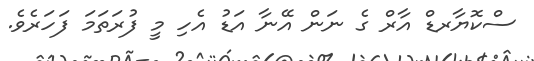
ސްކޮޔާރޑް އާރް ގެ ނަން އޭނާ އަޑު އެހި މީ ފުރަތަމަ ފަހަރެވެ.